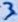
Text: 3